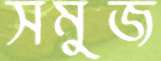
সমুজ